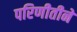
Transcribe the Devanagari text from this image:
परिणीतीने